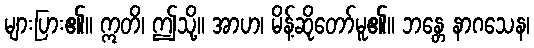
များပြား၏။ ဣတိ၊ ဤသို့။ အာဟ၊ မိန့်ဆိုတော်မူ၏။ ဘန္တေ နာဂသေန၊